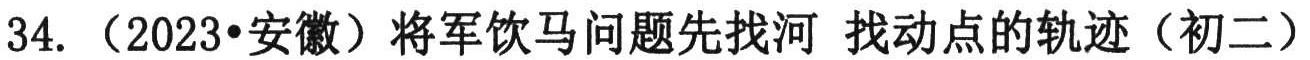
34. （2023•安徽）将军饮马问题先找河 找动点的轨迹（初二）